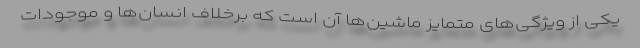
یکی از ویژگی‌های متمایز ماشین‌ها آن است که برخلاف انسان‌ها و موجودات